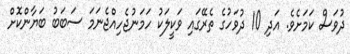
ދުވަސް ކަމަށެވެ. އަދި 10 ދުވަހުގެ ތެރޭގައި ވަކީލަކު ހަމަނުޖެހިއްޖެނަމަ ސަބަބު ބަޔާންކޮށް